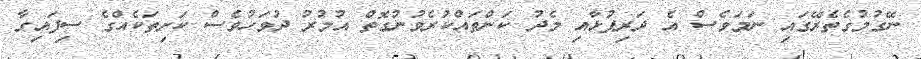
ނޭގުމުގެތެރޭގައި ނަމަވެސް އެ ދަރިފުޅާއި މެދު ކަންތައްކުރެވުނުގޮތް އުމުރު ދުވަހުވެސް ކަށިތަކެއްގެ ސިފައިގާ